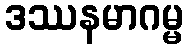
ဒဿနမာဂမ္မ